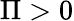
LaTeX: \Pi>0